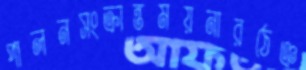
পালনসংক্রান্তময়নারঠেঞ